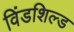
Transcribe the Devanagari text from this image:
विंडशिल्ड